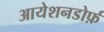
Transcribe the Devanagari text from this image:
आयेशनडोर्फ़